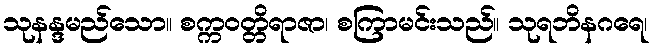
သုနန္ဒမည်သော။ စက္ကဝတ္တိရာဇာ၊ စကြာမင်းသည်။ သုရဘိနဂရေ၊